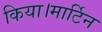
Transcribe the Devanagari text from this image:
किया।मार्टिन